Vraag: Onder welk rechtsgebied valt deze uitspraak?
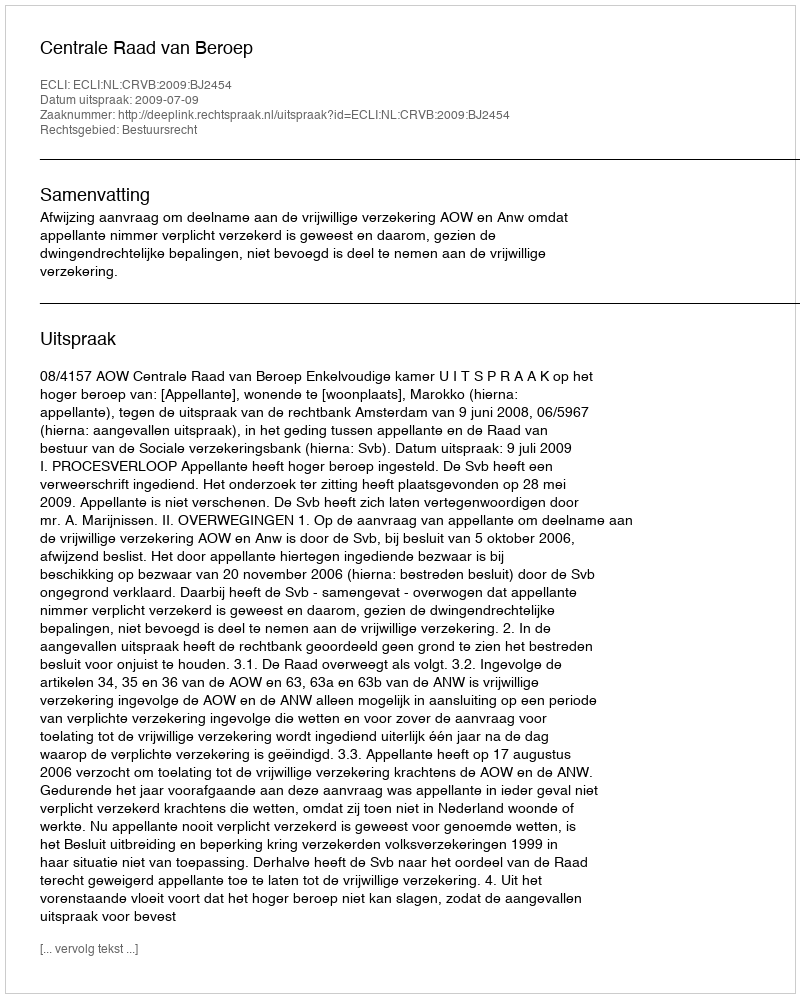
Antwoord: Bestuursrecht